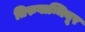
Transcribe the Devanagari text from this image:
तिरुवान्मियूर